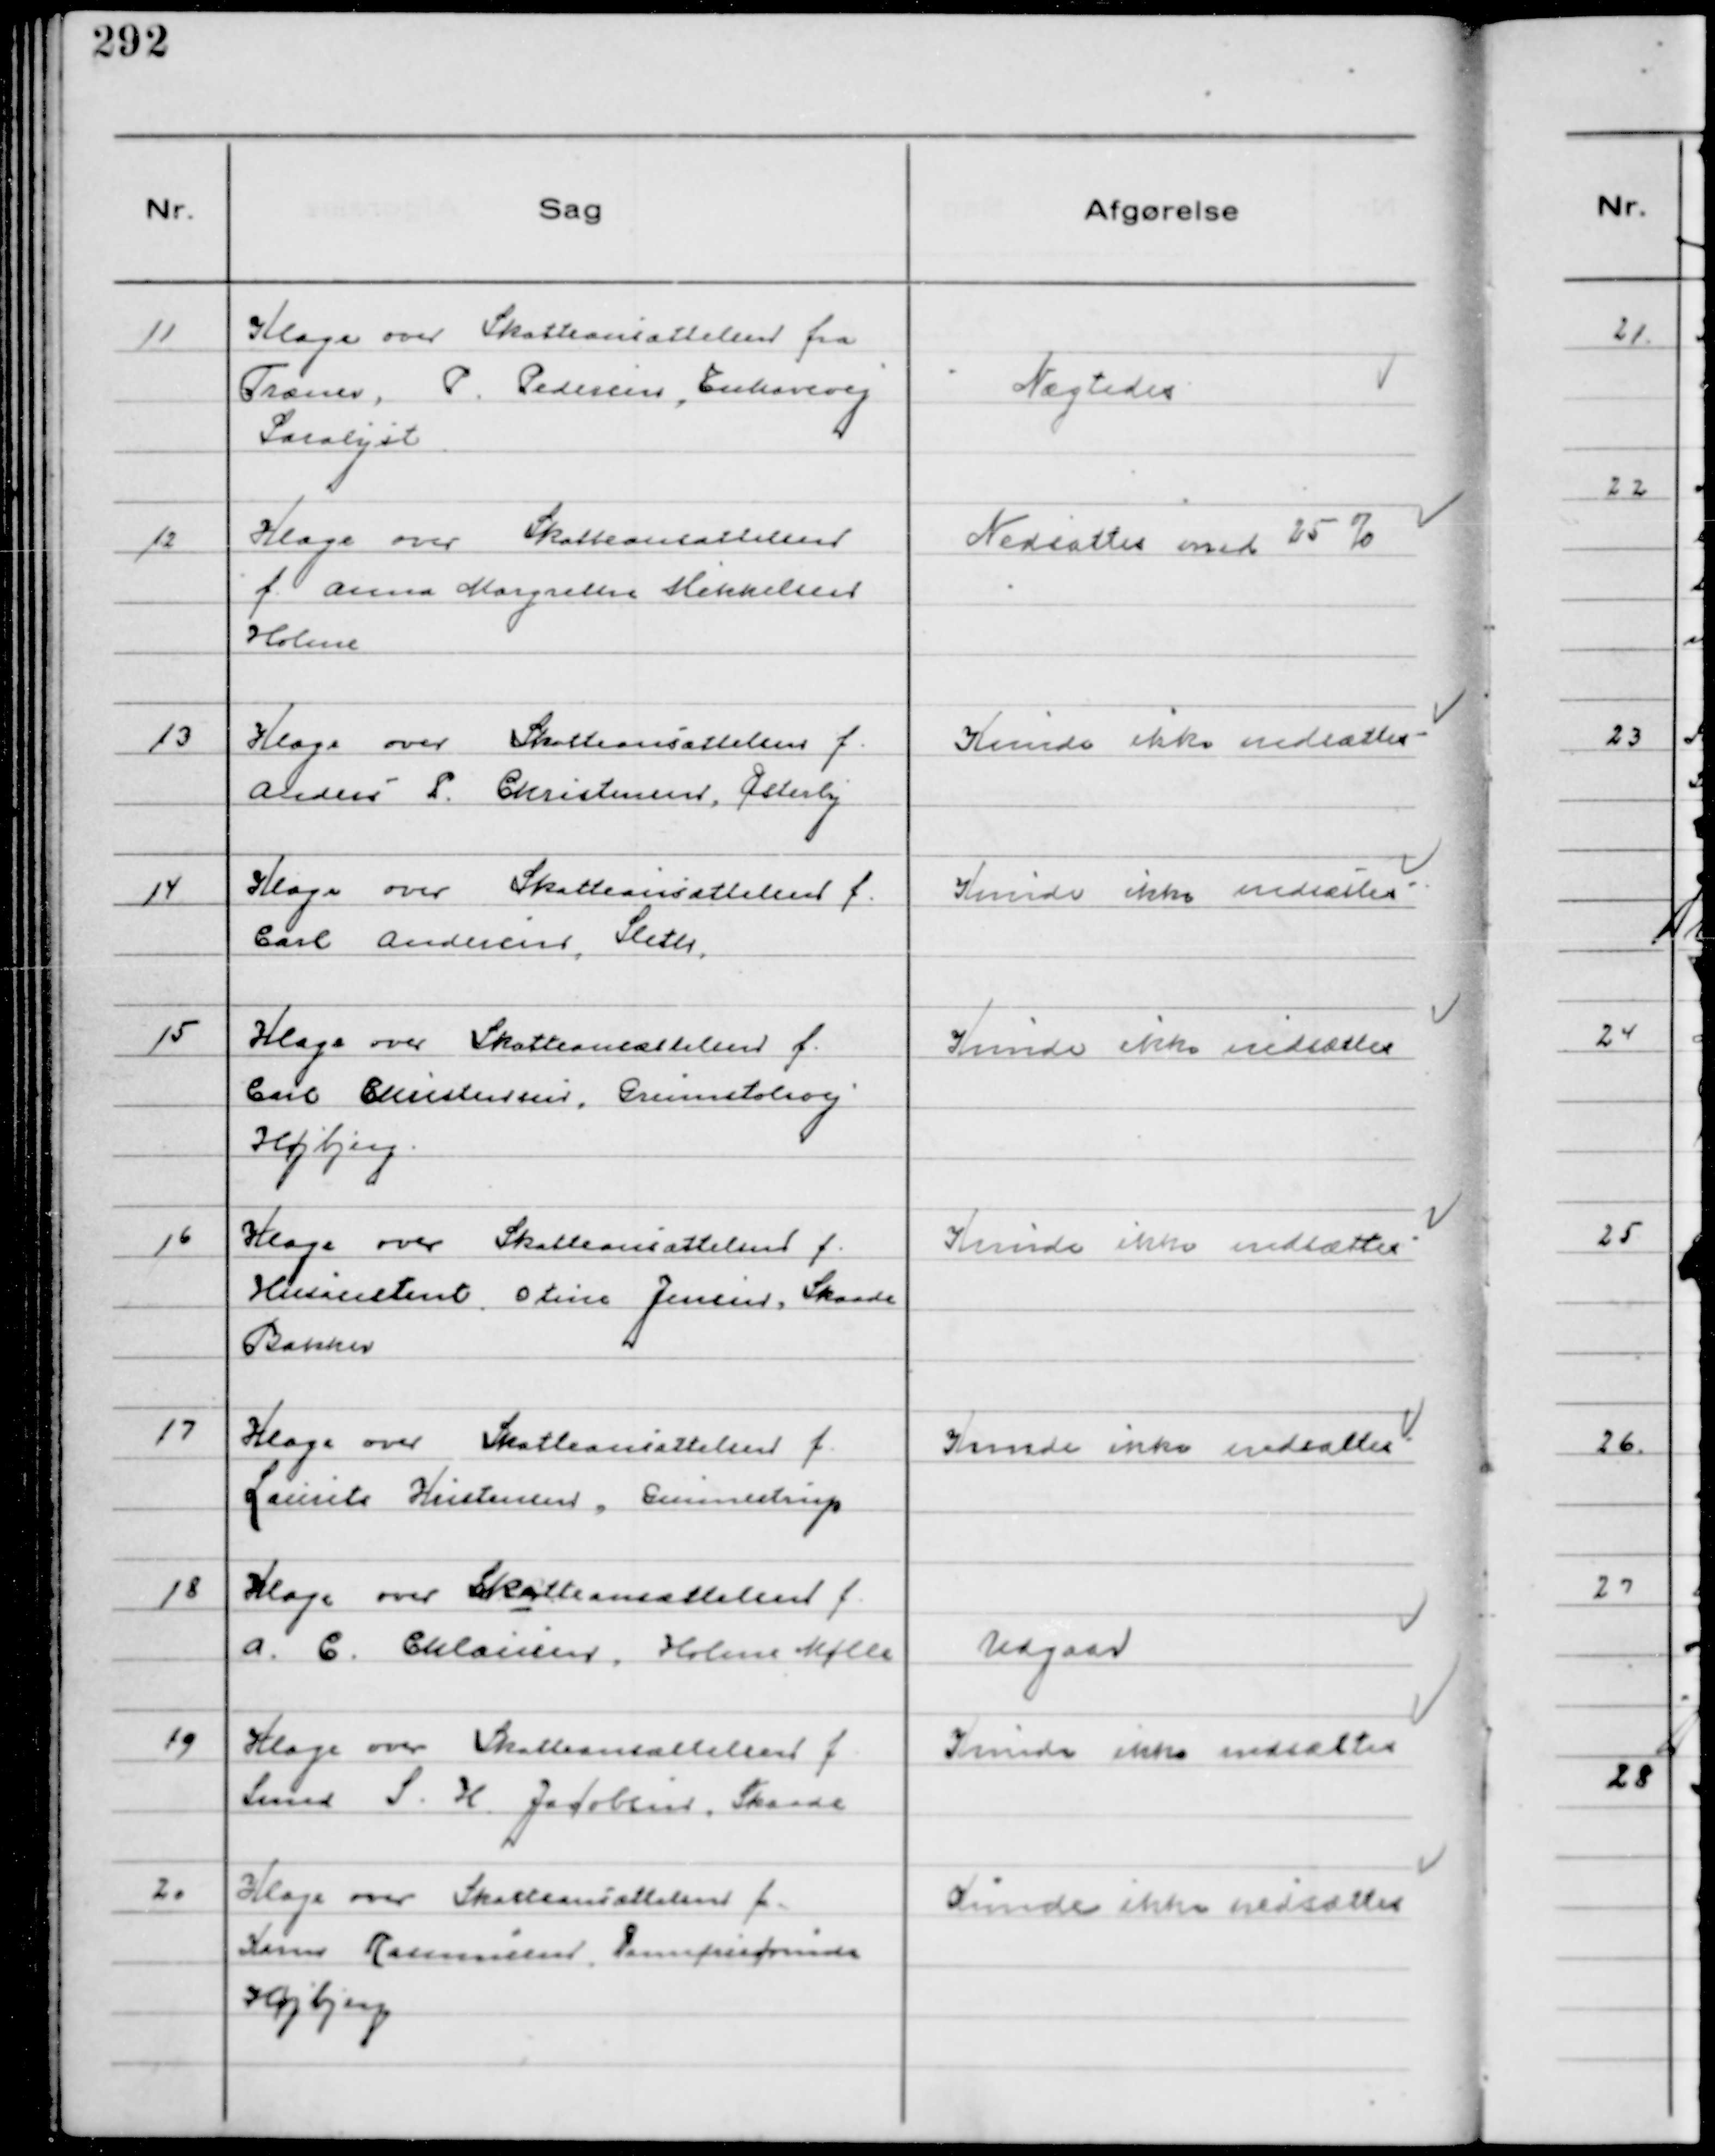
Transskription:
11
Klage over Skatteansættelsen fra
Træner, P. Pedersen,Enhavevej
Saralyst

Nægtedes

12
Klage over Skatteansættelsen
f. Anna Margrethe Mikkelsen
Holme

Nedsattes med 25 %

13
Klage over Skatteansættelsen f.
Anders P. Christensen, Østerby

Kunde ikke nedsættes

14
Klage over Skatteansættelsen f.
Carl Andersen, Sleth.

Kunde ikke nedsættes

15
Klage over Skatteansættelsen f.
Carl Christensen, Grumstolsvej
Højbjerg.

Kunde ikke nedsættes

16
Klage over Skatteansættelsen f.
Husasistent Oline Jensen, Skaade
Bakker

Kunde ikke nedsættes

17
Klage over Skatteansættelsen f.
Laurits Kristensen, Gunnestrup

Kunde ikke nedsættes

18
Klage over Skatteansættelsen f.
A. C. Chlausen, Holme Mølle

Udgaar

19
Klage over Skatteansættelsen f.
Smed S. K. Jacobsen, Skaade

Kunde ikke nedsættes

20
Klage over Skatteansættelsen f.
Karen Rasmussen, Damefrisørinde
Højbjerg

Kunde ikke nedsættes